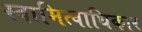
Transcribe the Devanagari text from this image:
स्वामित्वाधिकार